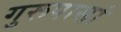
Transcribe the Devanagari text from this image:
गुरूपासां